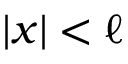
| x | < \ell